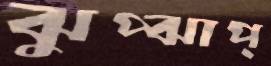
ঝুপ্‌ঝাপ্‌